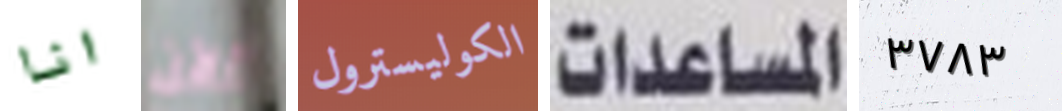
انا الآن الكوليسترول المساعدات ٣٧٨٣